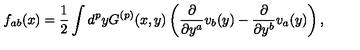
f _ { a b } ( x ) = \frac { 1 } { 2 } \int d ^ { p } y G ^ { ( p ) } ( x , y ) \left( \frac { \partial } { \partial y ^ { a } } v _ { b } ( y ) - \frac { \partial } { \partial y ^ { b } } v _ { a } ( y ) \right) ,